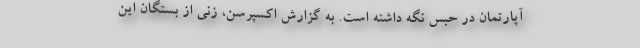
آپارتمان در حبس نگه داشته است. به گزارش اکسپرسن، زنی از بستگان این